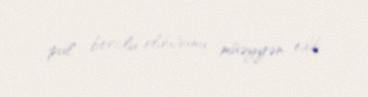
pul borclu olduğunu müəyyən edib.